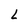
Character: L